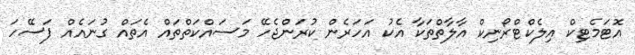
އޮޓަމެޓިކް އިލެކްޓްރޯނިކް އާލާތްތަކާ އެކު އަހަރެން ކުރަންޖެހޭ މަސައްކަތްތައް އެތައް ގުނައެއް ފަސޭހަ